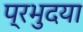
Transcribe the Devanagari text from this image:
प्रभुदया